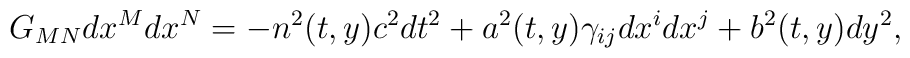
G_{MN}dx^Mdx^N=-n^2(t,y)c^2dt^2+a^2(t,y)\gamma_{ij}dx^idx^j+b^2(t,y)dy^2,